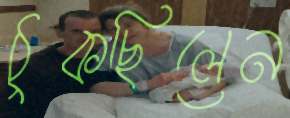
ঠুকছিলেন